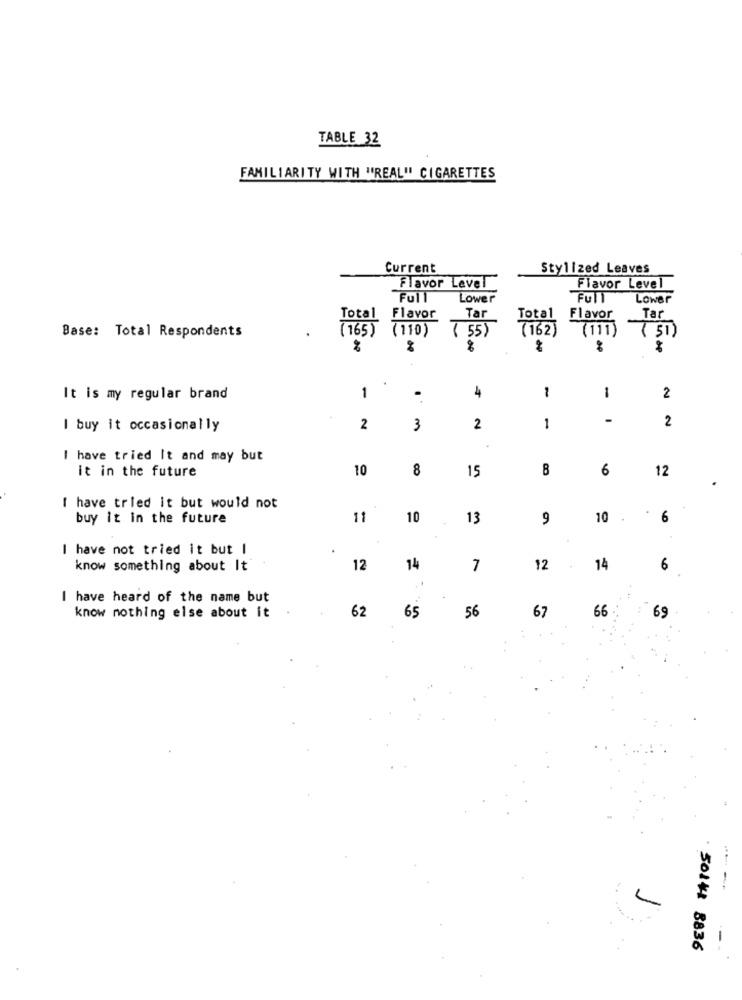
TABLE 32
FAMILIARITY WITH "REAL" CIGARETTES
Current
Stylized Leaves
Flavor Level
Flavor Level
Full
Lower
Full
Lower
Tar
Total Flavor
Total
Flavor
Tar
(165)
(110)
( 55)
(162
(111)
Base: Total Respondents
(51)
1
4
1
It is my regular brand
1
2
-
2
I buy it occasionally
2
3
2
1
I have tried It and may but
it in the future
10
8
15
8
6
12
.
I have tried it but would not
buy it in the future
11
10
13
9
10
6
I have not tried it but I
know something about It
12
14
7
12
14
6
.1
I have heard of the name but
62
66
know nothing else about it
65
56
67
69
---
-
50144 8836